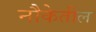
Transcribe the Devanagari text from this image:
नौकेतील